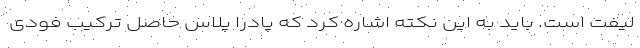
لیفت است. باید به این نکته اشاره کرد که پادرا پلاس حاصل ترکیب فودی